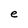
Character: e